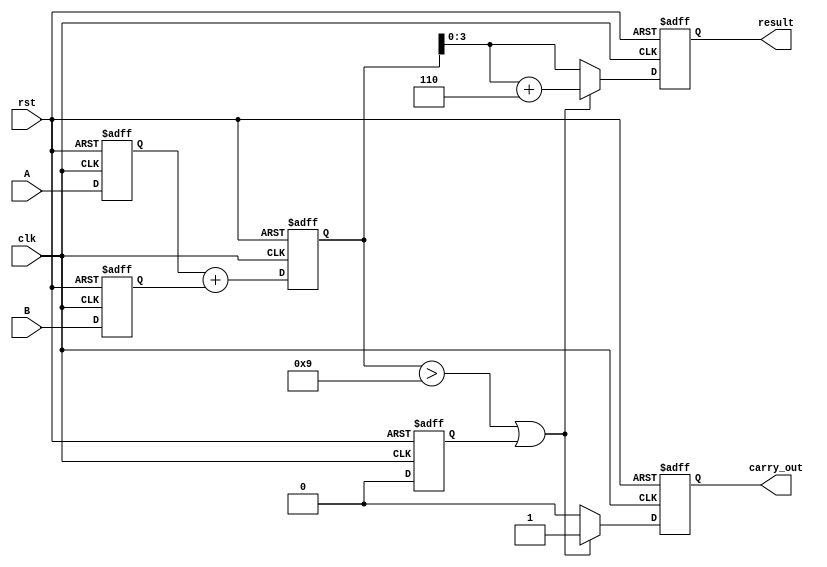
module BCD_Pipelined_Adder (
    input clk,
    input rst,
    input [3:0] A, // First BCD digit
    input [3:0] B, // Second BCD digit
    output reg [3:0] result, // BCD result
    output reg carry_out // Carry out for BCD addition
);

    // Intermediate registers for pipelining
    reg [3:0] A_reg, B_reg; // Registers for BCD inputs
    reg [4:0] sum_reg; // Register to hold the sum
    reg carry_reg; // Register for carry

    // Input Stage
    always @(posedge clk or posedge rst) begin
        if (rst) begin
            A_reg <= 4'b0000;
            B_reg <= 4'b0000;
        end else begin
            A_reg <= A;
            B_reg <= B;
        end
    end

    // Addition Stage
    always @(posedge clk or posedge rst) begin
        if (rst) begin
            sum_reg <= 5'b00000;
            carry_reg <= 1'b0;
        end else begin
            {carry_reg, sum_reg} <= A_reg + B_reg; // Perform addition with carry
        end
    end

    // Correction Stage
    always @(posedge clk or posedge rst) begin
        if (rst) begin
            result <= 4'b0000;
            carry_out <= 1'b0;
        end else begin
            if (sum_reg > 5'b01001 || carry_reg) begin
                // Perform BCD correction by adding 6 (0110)
                result <= sum_reg[3:0] + 4'b0110;
                carry_out <= 1'b1; // Set carry out
            end else begin
                result <= sum_reg[3:0]; // No correction needed
                carry_out <= 1'b0; // No carry out
            end
        end
    end

endmodule